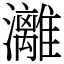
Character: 灕